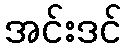
အင်းဒင်